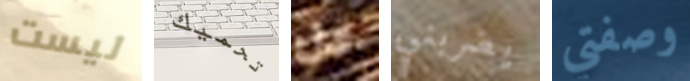
ليست تحميك عل يضربني وصفتي